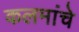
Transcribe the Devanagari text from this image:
कलमांचे